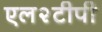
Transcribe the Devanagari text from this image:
एल२टीपी